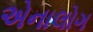
એનાલોગ